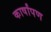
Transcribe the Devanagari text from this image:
कार्षांपण